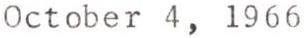
October 4, 1966